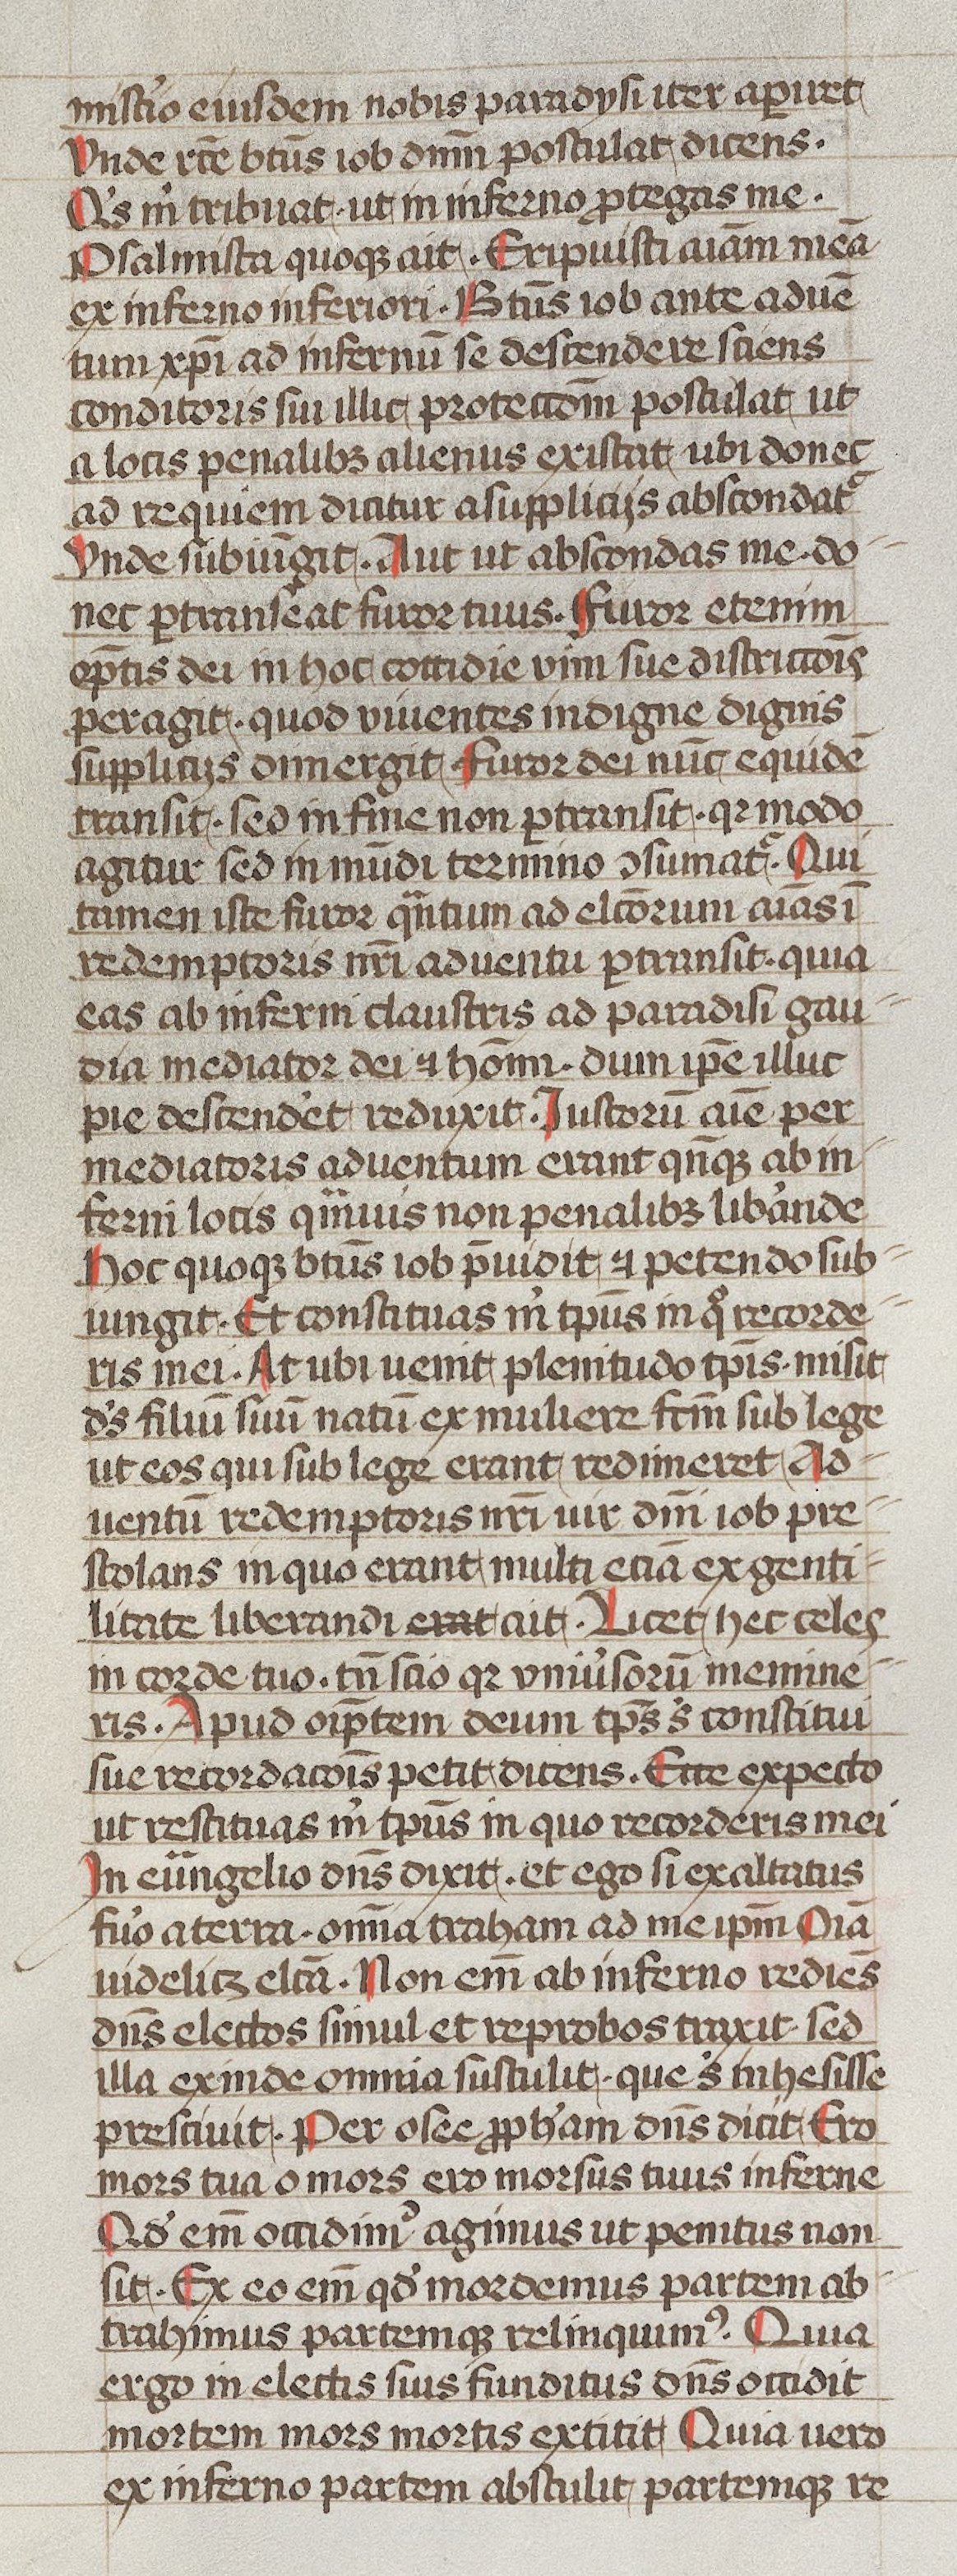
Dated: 1400–1499